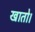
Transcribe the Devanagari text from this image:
खातो।